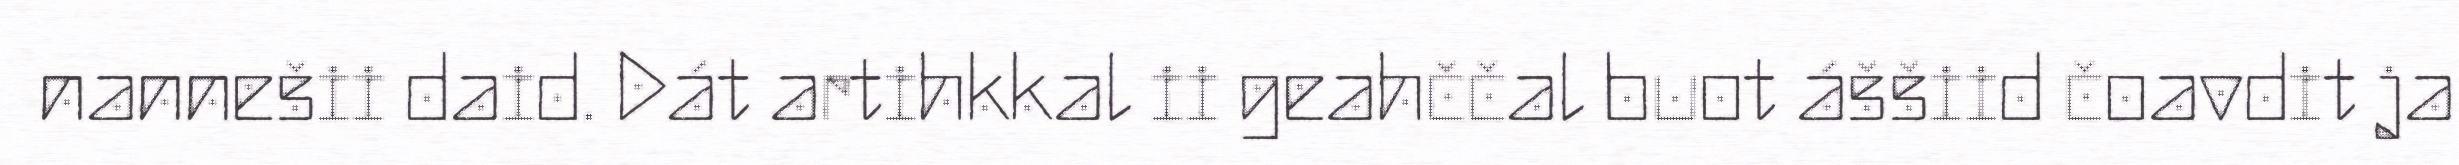
nannešii daid. Dát artihkkal ii geahččal buot áššiid čoavdit ja